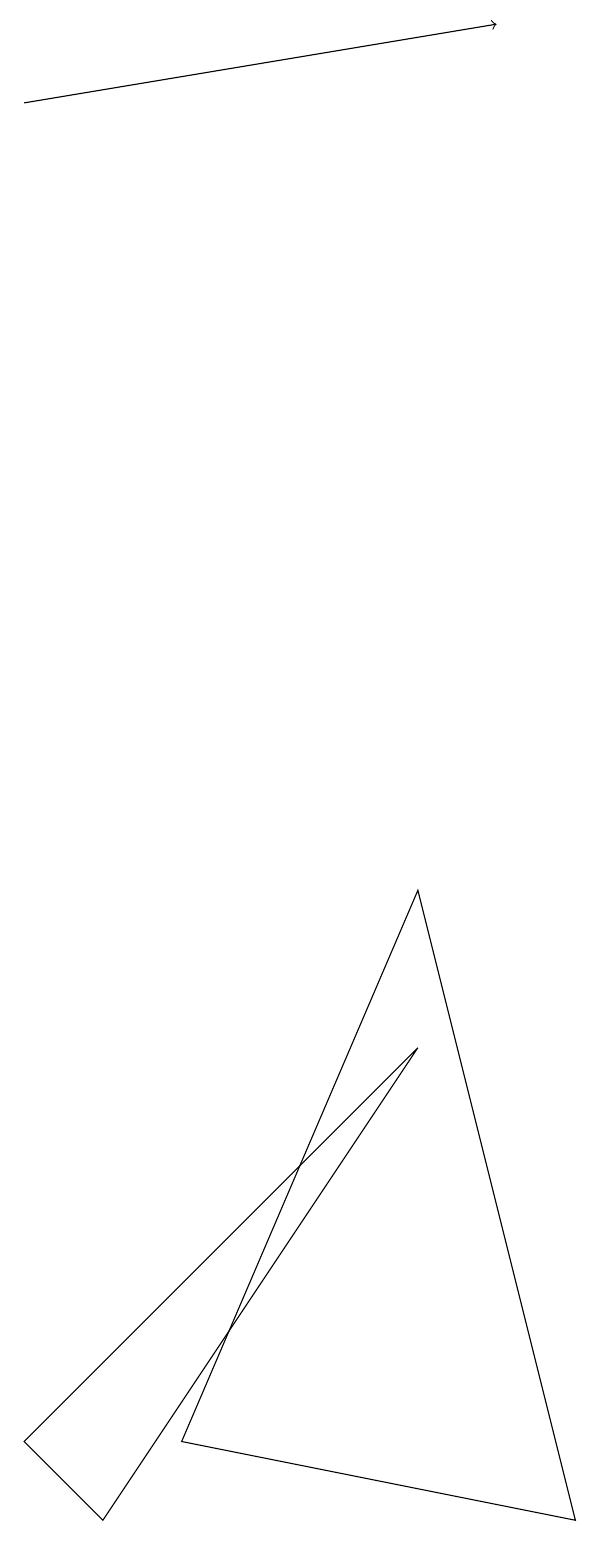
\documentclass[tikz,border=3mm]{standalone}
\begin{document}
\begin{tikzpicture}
\draw (2,0) -- (6,6) -- (1,1) -- cycle;
\draw (6,8) -- (8,0) -- (3,1) -- cycle;
\draw[->] (1,18) -- (7,19);
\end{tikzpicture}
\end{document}